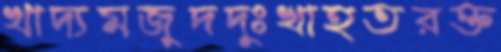
খাদ্যমজুদদুঃখাহতরক্ত